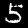
Label: 5